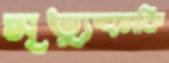
মৃত্যুহুমকি